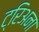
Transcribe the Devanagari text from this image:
ट्रिअना